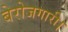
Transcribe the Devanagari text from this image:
बेरोजगारी।